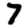
Digit: 7